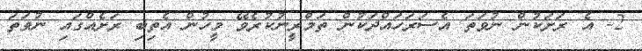
2- އެ ރަށަކުން ނުވަތަ އެސަރަހައްދަކުން ތަމްރީނުކުރެވޭ މީހުން އެތިބި ރަށެއްގައި ނުވަތަ